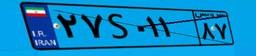
۲۷S۰۱۱۸۷